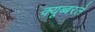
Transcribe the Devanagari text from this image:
क्यूब्बरले